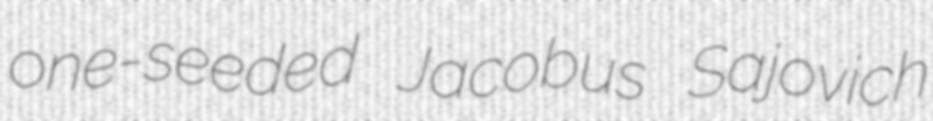
one-seeded Jacobus Sajovich